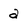
Character: a